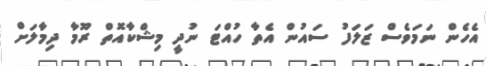
އެހެން ނަމަވެސް ޒަލަފު ސައުން އެތާ ހުއްޓަ ނުދީ މިޝްކާއޮތް ރޫމާ ދިމާލަށް